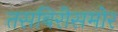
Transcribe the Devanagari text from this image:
तसबिरीसमोर